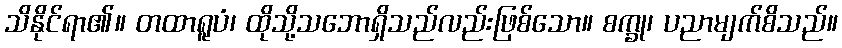
သိနိုင်ရာ၏။ တထာရူပံ၊ ထိုသို့သဘောရှိသည်လည်းဖြစ်သော။ စက္ခု၊ ပညာမျက်စိသည်။